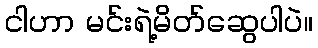
ငါဟာ မင်းရဲ့မိတ်ဆွေပါပဲ။